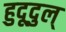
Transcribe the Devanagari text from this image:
हुदूदुल्